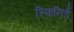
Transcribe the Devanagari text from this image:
स्किनिर्ड